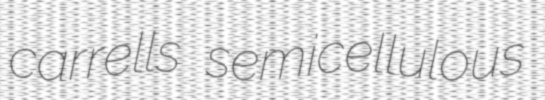
carrells semicellulous